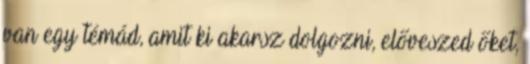
van egy témád, amit ki akarsz dolgozni, előveszed őket,